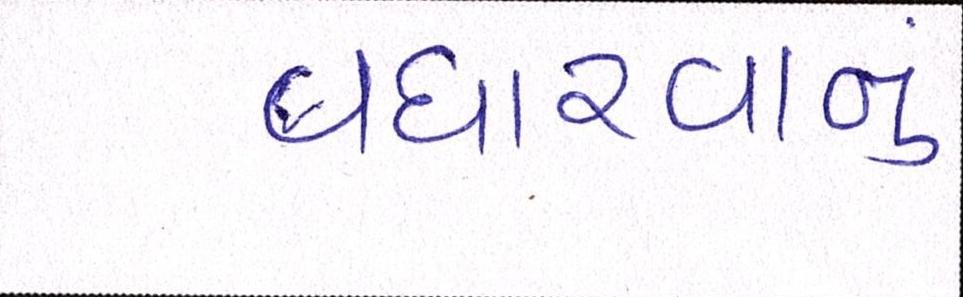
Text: વધારવાનું